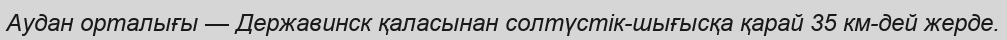
Аудан орталығы — Державинск қаласынан солтүстік-шығысқа қарай 35 км-дей жерде.